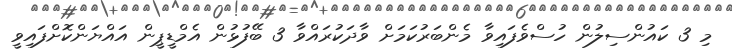
މި 3 ކައުންސިލުން ހުސްވެފައިވާ މެންބަރުކަމަށް ވާދަކުރައްވާ 3 ބޭފުޅުން އެމްޑީޕީން އައްޔަންކޮށްފައިވީ